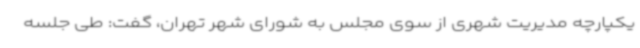
یکپارچه مدیریت شهری از سوی مجلس به شورای شهر تهران، گفت: طی جلسه